Civil Veterinary Department. United Provinces 1932-42 - 1932-1942
Year: 1932
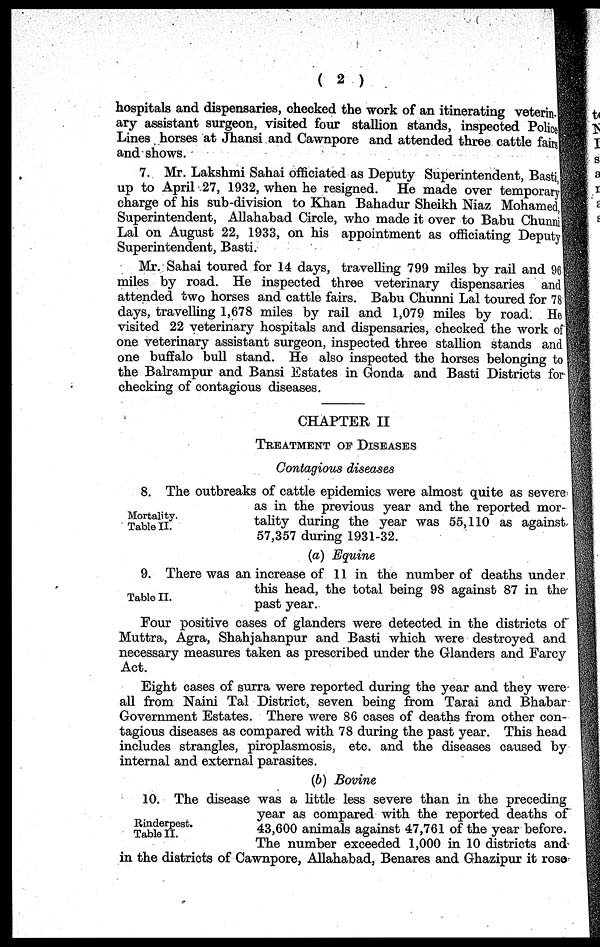
(2)
hospitals and dispensaries, checked the work of an itinerating veterin-
ary assistant surgeon, visited four stallion stands, inspected Police
Lines horses at Jhansi and Cawnpore and attended three cattle fairs
and shows.
7. Mr. Lakshmi Sahai officiated as Deputy Superintendent, Basti,
up to April 27, 1932, when he resigned. He made over temporary
charge of his sub-division to Khan Bahadur Sheikh Niaz Mohamed.
Superintendent, Allahabad Circle, who made it over to Babu Chunni
Lal on August 22, 1933, on his appointment as officiating Deputy
Superintendent, Basti.
Mr. Sahai toured for 14 days, travelling 799 miles by rail and 96
miles by road. He inspected three veterinary dispensaries and
attended two horses and cattle fairs. Babu Chunni Lal toured for 78
days, travelling 1,678 miles by rail and 1,079 miles by road. He
visited 22 veterinary hospitals and dispensaries, checked the work of
one veterinary assistant surgeon, inspected three stallion stands and
one buffalo bull stand. He also inspected the horses belonging to
the Balrampur and Bansi Estates in Gonda and Basti Districts for
checking of contagious diseases.
CHAPTER II
TREATMENT OF DISEASES
Contagious diseases
Mortality.
Table II.
8. The outbreaks of cattle epidemics were almost quite as severe
as in the previous year and the reported mor-
tality during the year was 55,110 as against
57,357 during 1931-32.
(a) Equine
Table II.
9. There was an increase of 11 in the number of deaths under
this head, the total being 98 against 87 in the
past year.
Four positive cases of glanders were detected in the districts of
Muttra, Agra, Shahjahanpur and Basti which were destroyed and
necessary measures taken as prescribed under the Glanders and Farcy
Act.
Eight cases of surra were reported during the year and they were
all from Naini Tal District, seven being from Tarai and Bhabar
Government Estates. There were 86 cases of deaths from other con-
tagious diseases as compared with 78 during the past year. This head
includes strangles, piroplasmosis, etc. and the diseases caused by
internal and external parasites.
(6) Bovine
Rinderpost.
Table II.
10. The disease was a little less severe than in the preceding
year as compared with the reported deaths of
43,600 animals against 47,761 of the year before.
The number exceeded 1,000 in 10 districts and
in the districts of Cawnpore, Allahabad, Benares and Ghazipur it rose